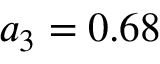
a _ { 3 } = 0 . 6 8